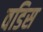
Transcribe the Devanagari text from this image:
वडिस